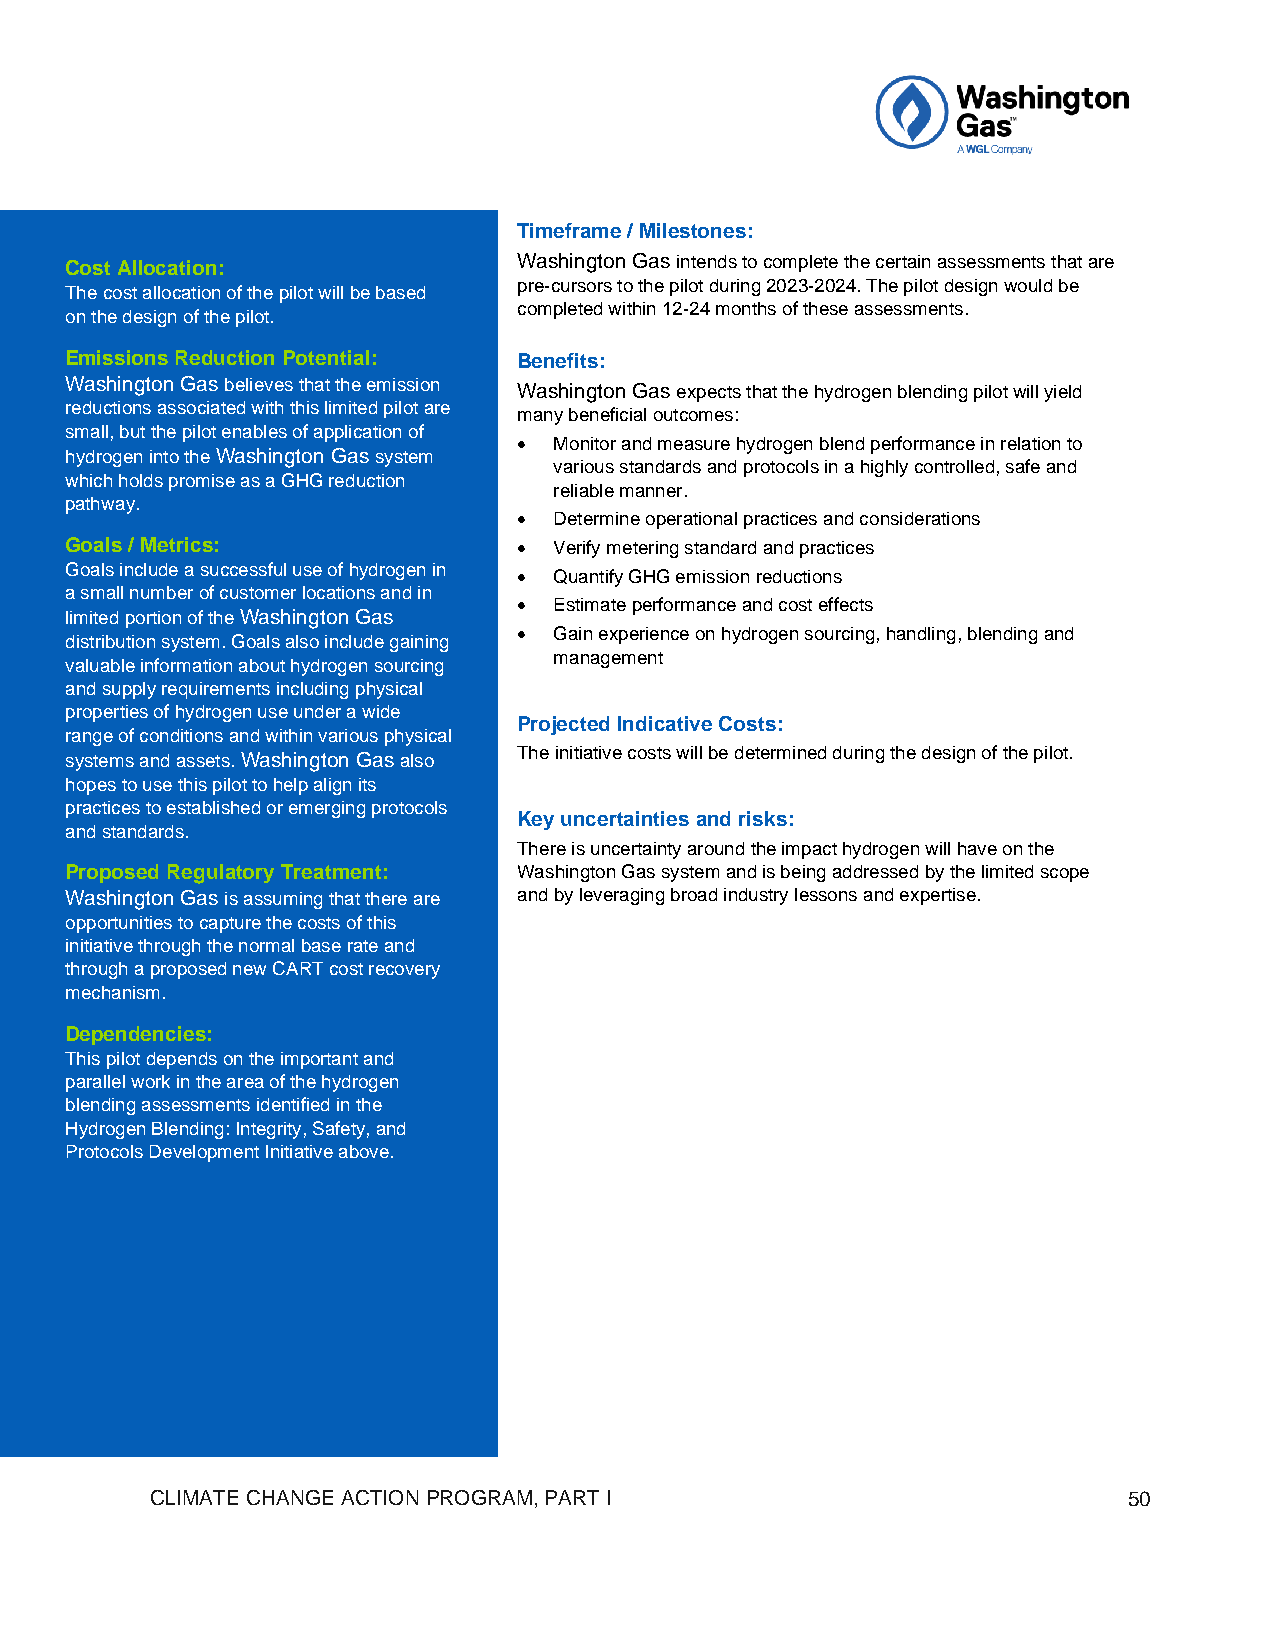
Timeframe / Milestones:
 Cost Allocation:              Washington Gas intends to complete the certain assessments that are
 pre-cursors to the pilot during 2023-2024. The pilot design would be
 The cost allocation of the pilot will be based
 on the design of the pilot.
 completed within 12-24 months of these assessments.
 Emissions Reduction Potential: Benefits:
 Washington Gas believes that the emission Washington Gas expects that the hydrogen blending pilot will yield
 reductions associated with this limited pilot are
 many beneficial outcomes:
 small, but the pilot enables of application of
 •  Monitor and measure hydrogen blend performance in relation to
 hydrogen into the Washington Gas system
 various standards and protocols in a highly controlled, safe and
 which holds promise as a GHG reduction
 reliable manner.
 pathway.
 •  Determine operational practices and considerations
 Goals / Metrics:              •  Verify metering standard and practices
 Goals include a successful use of hydrogen in
 •  Quantify GHG emission reductions
 a small number of customer locations and in
 •  Estimate performance and cost effects
 limited portion of the Washington Gas
 •  Gain experience on hydrogen sourcing, handling, blending and
 distribution system. Goals also include gaining
 management
 valuable information about hydrogen sourcing
 and supply requirements including physical
 properties of hydrogen use under a wide
 Projected Indicative Costs:
 range of conditions and within various physical
 systems and assets. Washington Gas also The initiative costs will be determined during the design of the pilot.
 hopes to use this pilot to help align its
 practices to established or emerging protocols
 Key uncertainties and risks:
 and standards.
 There is uncertainty around the impact hydrogen will have on the
 Proposed Regulatory Treatment: Washington Gas system and is being addressed by the limited scope
 Washington Gas is assuming that there are and by leveraging broad industry lessons and expertise.
 opportunities to capture the costs of this
 initiative through the normal base rate and
 through a proposed new CART cost recovery
 mechanism.
 Dependencies:
 This pilot depends on the important and
 parallel work in the area of the hydrogen
 blending assessments identified in the
 Hydrogen Blending: Integrity, Safety, and
 Protocols Development Initiative above.
 CLIMATE CHANGE ACTION PROGRAM, PART I                            50